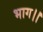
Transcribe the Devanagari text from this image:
भाग।।